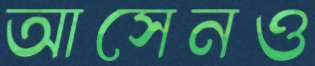
আসেনও